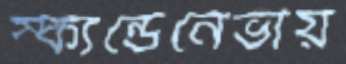
স্ক্যন্ডেনেভীয়